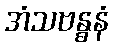
အံသဗန္ဓနံ